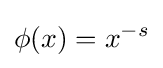
\phi (x)=x^{-s}